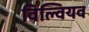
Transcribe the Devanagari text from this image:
विल्वियव